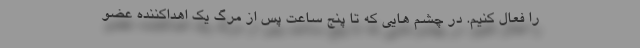
را فعال کنیم. در چشم هایی که تا پنج ساعت پس از مرگ یک اهداکننده عضو